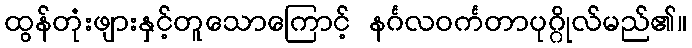
ထွန်တုံးဖျားနှင့်တူသောကြောင့် နင်္ဂလဝင်္ကတာပုဂ္ဂိုလ်မည်၏။